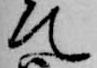
て